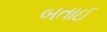
બતાઈ